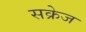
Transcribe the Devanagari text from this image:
सक्रेज